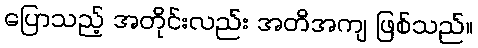
ပြောသည့် အတိုင်းလည်း အတိအကျ ဖြစ်သည်။